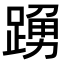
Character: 𨃒